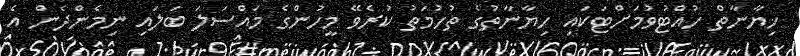
ޚިޔާނާތް ހުއްޓުވުމަށްޓަކައި ހިޔާނާތުގެ ތުހުމަތު ކުރެވޭ މީހުންގެ މައްސަލަ ބަލައި ނިމެންދެން އެ